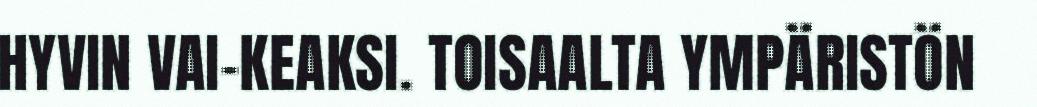
HYVIN VAI-KEAKSI. TOISAALTA YMPÄRISTÖN